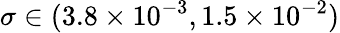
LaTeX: \sigma\in(3.8\times{10^{-3}},1.5\times{10^{-2}})